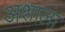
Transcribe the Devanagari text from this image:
अशाला